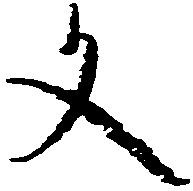
文